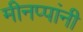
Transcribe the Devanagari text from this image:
मीनप्पांनी